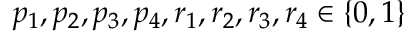
p _ { 1 } , p _ { 2 } , p _ { 3 } , p _ { 4 } , r _ { 1 } , r _ { 2 } , r _ { 3 } , r _ { 4 } \in \{ 0 , 1 \}